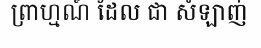
ព្រាហ្មណ៍ ដែល ជា សំឡាញ់